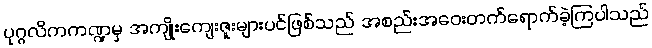
ပုဂ္ဂလိကကဏ္ဍမှ အကျိုးကျေးဇူးများပင်ဖြစ်သည် အစည်းအဝေးတက်ရောက်ခဲ့ကြပါသည်